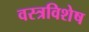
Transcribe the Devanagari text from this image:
वस्त्रविशेष